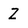
Character: Z